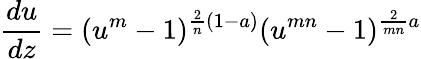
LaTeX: {\frac{du}{dz}}=(u^{m}-1)^{{\frac{2}{n}}(1-a)}(u^{mn}-1)^{{\frac{2}{mn}}a}